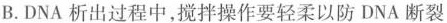
B.DNA析出过程中，搅拌操作要轻柔以防DNA断裂